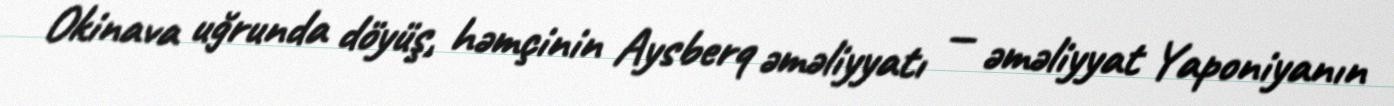
Okinava uğrunda döyüş, həmçinin Aysberq əməliyyatı — əməliyyat Yaponiyanın